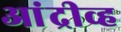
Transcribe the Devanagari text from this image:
आंद्रीव्ह